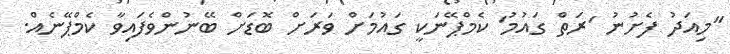
"މިއަދު ފެށުނު 'ރަތް ގައުމު' ކެމްޕޭނަކީ ގައުމަށް ވަރަށް ބޮޑަށް ބޭނުންވެފައިވާ ކެމްޕޭނެއް.